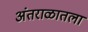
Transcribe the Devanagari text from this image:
अंतराळातला